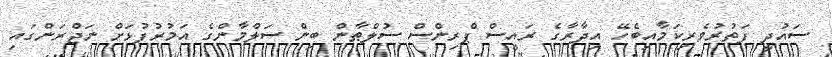
ސައުދީ ފަތުރުވެރިކަމާއިބެހޭ އިދާރާގެ ރައީސް ޕްރިންސް ސުލްޠާން ބިން ސަލްމާންގެ އަމުރުފުޅަށް ނަޖްރަންގައި